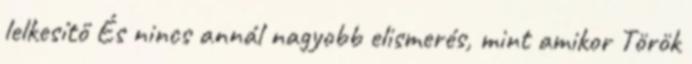
lelkesítő És nincs annál nagyobb elismerés, mint amikor Török